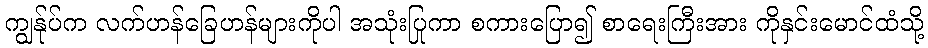
ကျွန်ုပ်က လက်ဟန်ခြေဟန်များကိုပါ အသုံးပြုကာ စကားပြော၍ စာရေးကြီးအား ကိုနှင်းမောင်ထံသို့